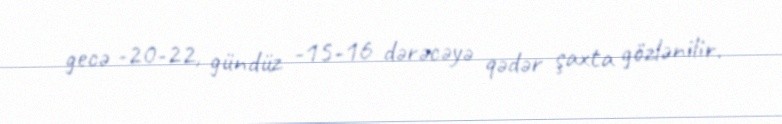
gecə -20-22, gündüz -15-16 dərəcəyə qədər şaxta gözlənilir.